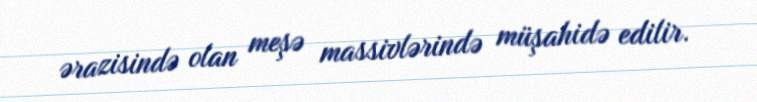
ərazisində olan meşə massivlərində müşahidə edilir.